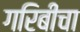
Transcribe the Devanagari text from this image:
गरिबीचा